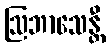
ဩဘာသေန္တီ